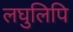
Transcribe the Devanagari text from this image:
लघुलिपि